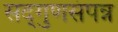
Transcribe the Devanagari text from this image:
सद्‌गुणसंपन्न